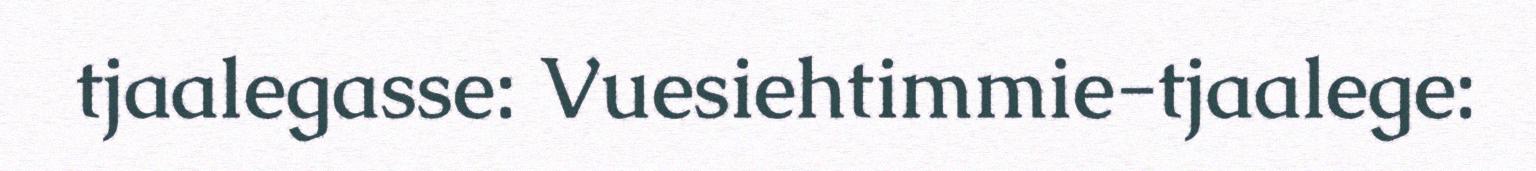
tjaalegasse: Vuesiehtimmie-tjaalege: